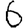
Digit: 6